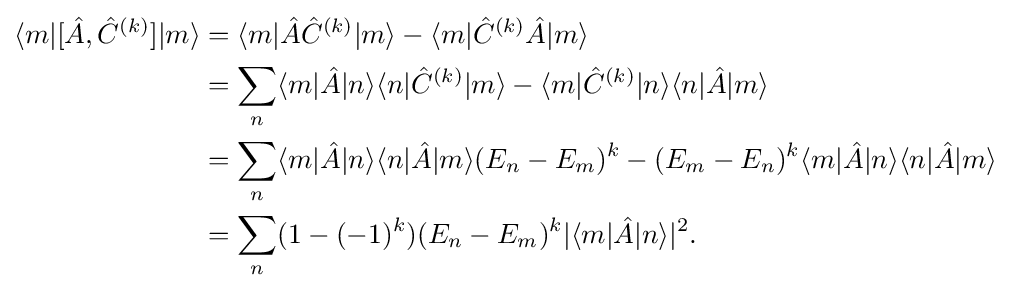
{\begin{aligned}\langle m|[{\hat {A}},{\hat {C}}^{(k)}]|m\rangle &=\langle m|{\hat {A}}{\hat {C}}^{(k)}|m\rangle -\langle m|{\hat {C}}^{(k)}{\hat {A}}|m\rangle \\&=\sum _{n}\langle m|{\hat {A}}|n\rangle \langle n|{\hat {C}}^{(k)}|m\rangle -\langle m|{\hat {C}}^{(k)}|n\rangle \langle n|{\hat {A}}|m\rangle \\&=\sum _{n}\langle m|{\hat {A}}|n\rangle \langle n|{\hat {A}}|m\rangle (E_{n}-E_{m})^{k}-(E_{m}-E_{n})^{k}\langle m|{\hat {A}}|n\rangle \langle n|{\hat {A}}|m\rangle \\&=\sum _{n}(1-(-1)^{k})(E_{n}-E_{m})^{k}|\langle m|{\hat {A}}|n\rangle |^{2}.\end{aligned}}